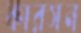
কারসন